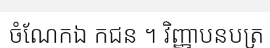
ចំណែកឯ កជន ។ វិញ្ញាបនបត្រ